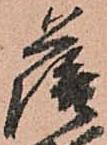
薩